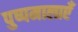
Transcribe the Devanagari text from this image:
पुष्पमालाएँ